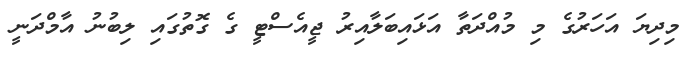
މިދިޔަ އަހަރުގެ މި މުއްދަތާ އަޅައިބަލާއިރު ޖީއެސްޓީ ގެ ގޮތުގައި ލިބުނު އާމްދަނީ